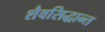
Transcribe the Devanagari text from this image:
शैवसिद्धान्त